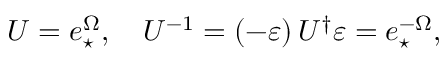
U = e _ { \star } ^ { \Omega } , \quad U ^ { - 1 } = \left( - \varepsilon \right) U ^ { \dagger } \varepsilon = e _ { \star } ^ { - \Omega } ,